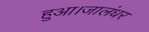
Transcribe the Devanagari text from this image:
हुआ।जालंधर